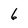
Character: 6